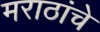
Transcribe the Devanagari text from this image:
मराठांचे